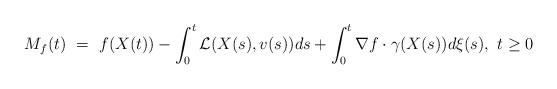
LaTeX: \begin{align*}M_f (t) \ = \ f(X(t)) - \int^t_0 \mathcal {L} (X(s), v(s)) ds + \int^t_0 \nabla f \cdot \gamma(X(s)) d \xi (s),\ t \geq 0\end{align*}